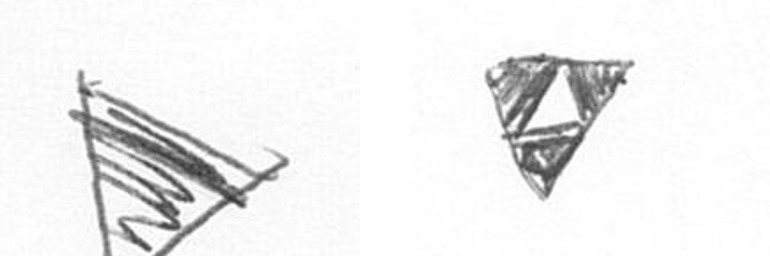
T S